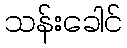
သန်းခေါင်